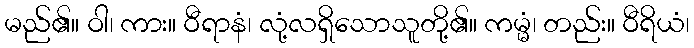
မည်၏။ ဝါ၊ ကား။ ဝီရာနံ၊ လုံ့လရှိသောသူတို့၏။ ကမ္မံ၊ တည်း။ ဝီရိယံ၊